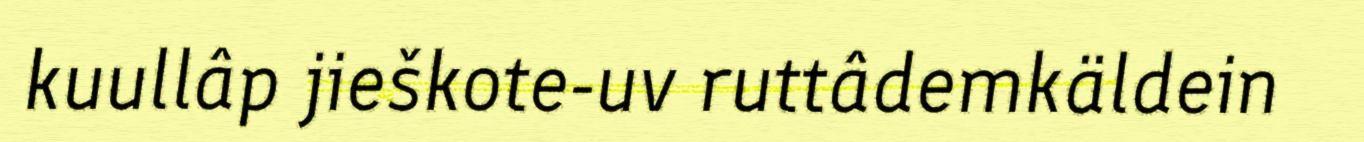
kuullâp jieškote-uv ruttâdemkäldein